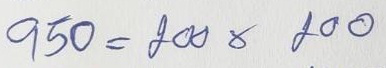
950 = 200 x 200